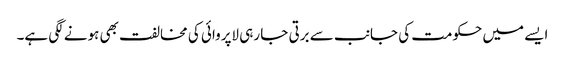
ایسے میں حکومت کی جانب سے برتی جا رہی لاپروائی کی مخالفت بھی ہونے لگی ہے۔